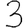
Digit: 3